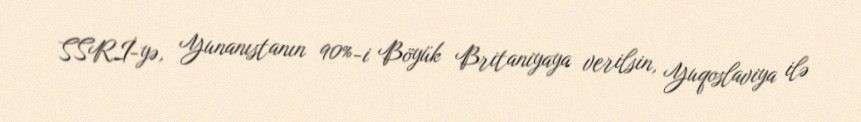
SSRİ-yə, Yunanıstanın 90%-i Böyük Britaniyaya verilsin, Yuqoslaviya ilə